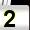
Digit: 2